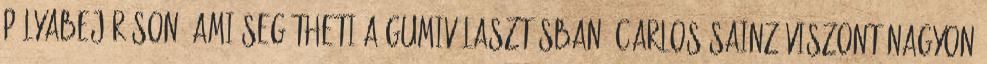
pályabejáráson, ami segítheti a gumiválasztásban. Carlos Sainz viszont nagyon